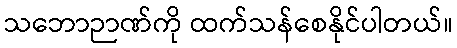
သဘောဉာဏ်ကို ထက်သန်စေနိုင်ပါတယ်။